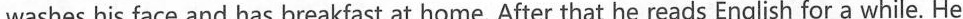
washes his face and has breakfast at home. After that he reads English for a while. He